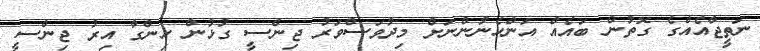
ނަތީޖާއެއްގެ ގޮތުން ބައެއް އަންހެނުންނަށް މިދުވަސްވަރު ޖިންސީ ގުޅުން ހިންގާ އިރު ޖިންސީ